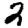
Digit: 2